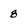
Character: 8